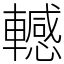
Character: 轗